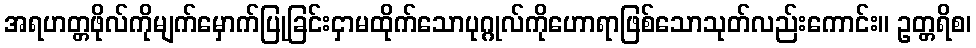
အရဟတ္တဖိုလ်ကိုမျက်မှောက်ပြုခြင်းငှာမထိုက်သောပုဂ္ဂုလ်ကိုဟောရာဖြစ်သောသုတ်လည်းကောင်း။ ဥတ္တရိစ၊